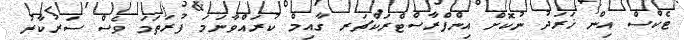
ޓެކްސް އިން ޚަރަދު ނުކޮށް އިންފްރާސްޓްރަކްޗަރ ގާއިމް ކުރައްވާނަމަ ފުރަތަމަ ވެސް ސަރުކާރު